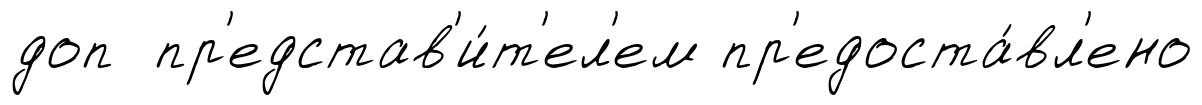
доп пр'едстав'и́т'ел'ем пр'едоста́вл'ено